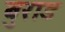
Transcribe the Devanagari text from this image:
बुराड